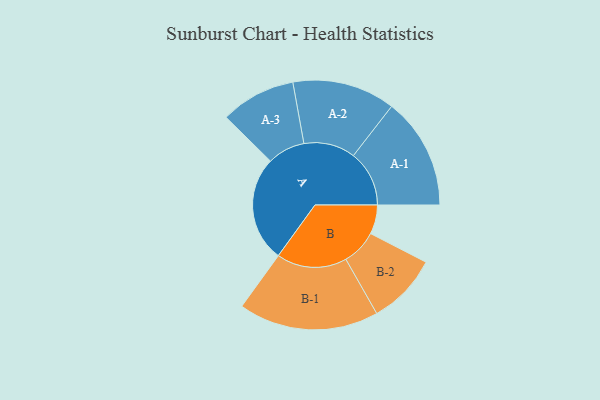
{"axis": {"x": "Segment", "y": "Value"}, "legend": ["", "A", "B"], "data": [{"x": "A", "y": 435, "type": ""}, {"x": "B", "y": 120, "type": ""}, {"x": "A-1", "y": 230, "type": "A"}, {"x": "A-2", "y": 212, "type": "A"}, {"x": "A-3", "y": 155, "type": "A"}, {"x": "B-1", "y": 289, "type": "B"}, {"x": "B-2", "y": 146, "type": "B"}]}